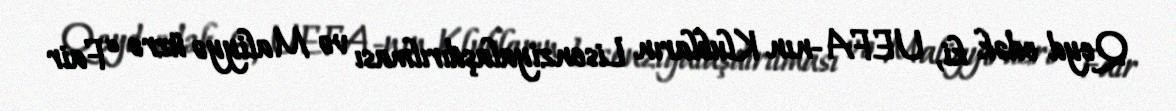
Qeyd edək ki, UEFA-nın Klubların Lisenziyalaşdırılması və Maliyyə üzrə “Fair